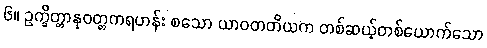
၆။ ဥက္ခိတ္တာနုဝတ္တကရဟန်း စသော ယာဝတတိယက တစ်ဆယ့်တစ်ယောက်သော